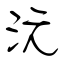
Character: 沅